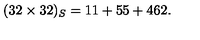
( 3 2 \times 3 2 ) _ { S } = 1 1 + 5 5 + 4 6 2 .